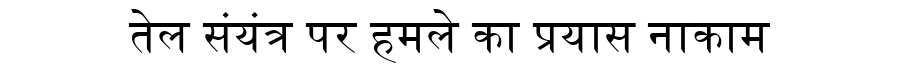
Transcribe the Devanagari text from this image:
तेल संयंत्र पर हमले का प्रयास नाकाम